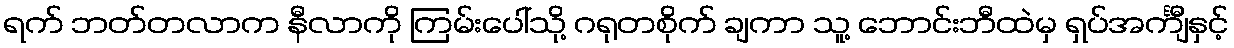
ရက် ဘတ်တလာက နီလာကို ကြမ်းပေါ်သို့ ဂရုတစိုက် ချကာ သူ့ ဘောင်းဘီထဲမှ ရှပ်အင်္ကျီနှင့်